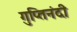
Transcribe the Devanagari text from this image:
गुप्तिनंदी